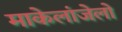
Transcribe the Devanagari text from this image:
माकेलांजेलो